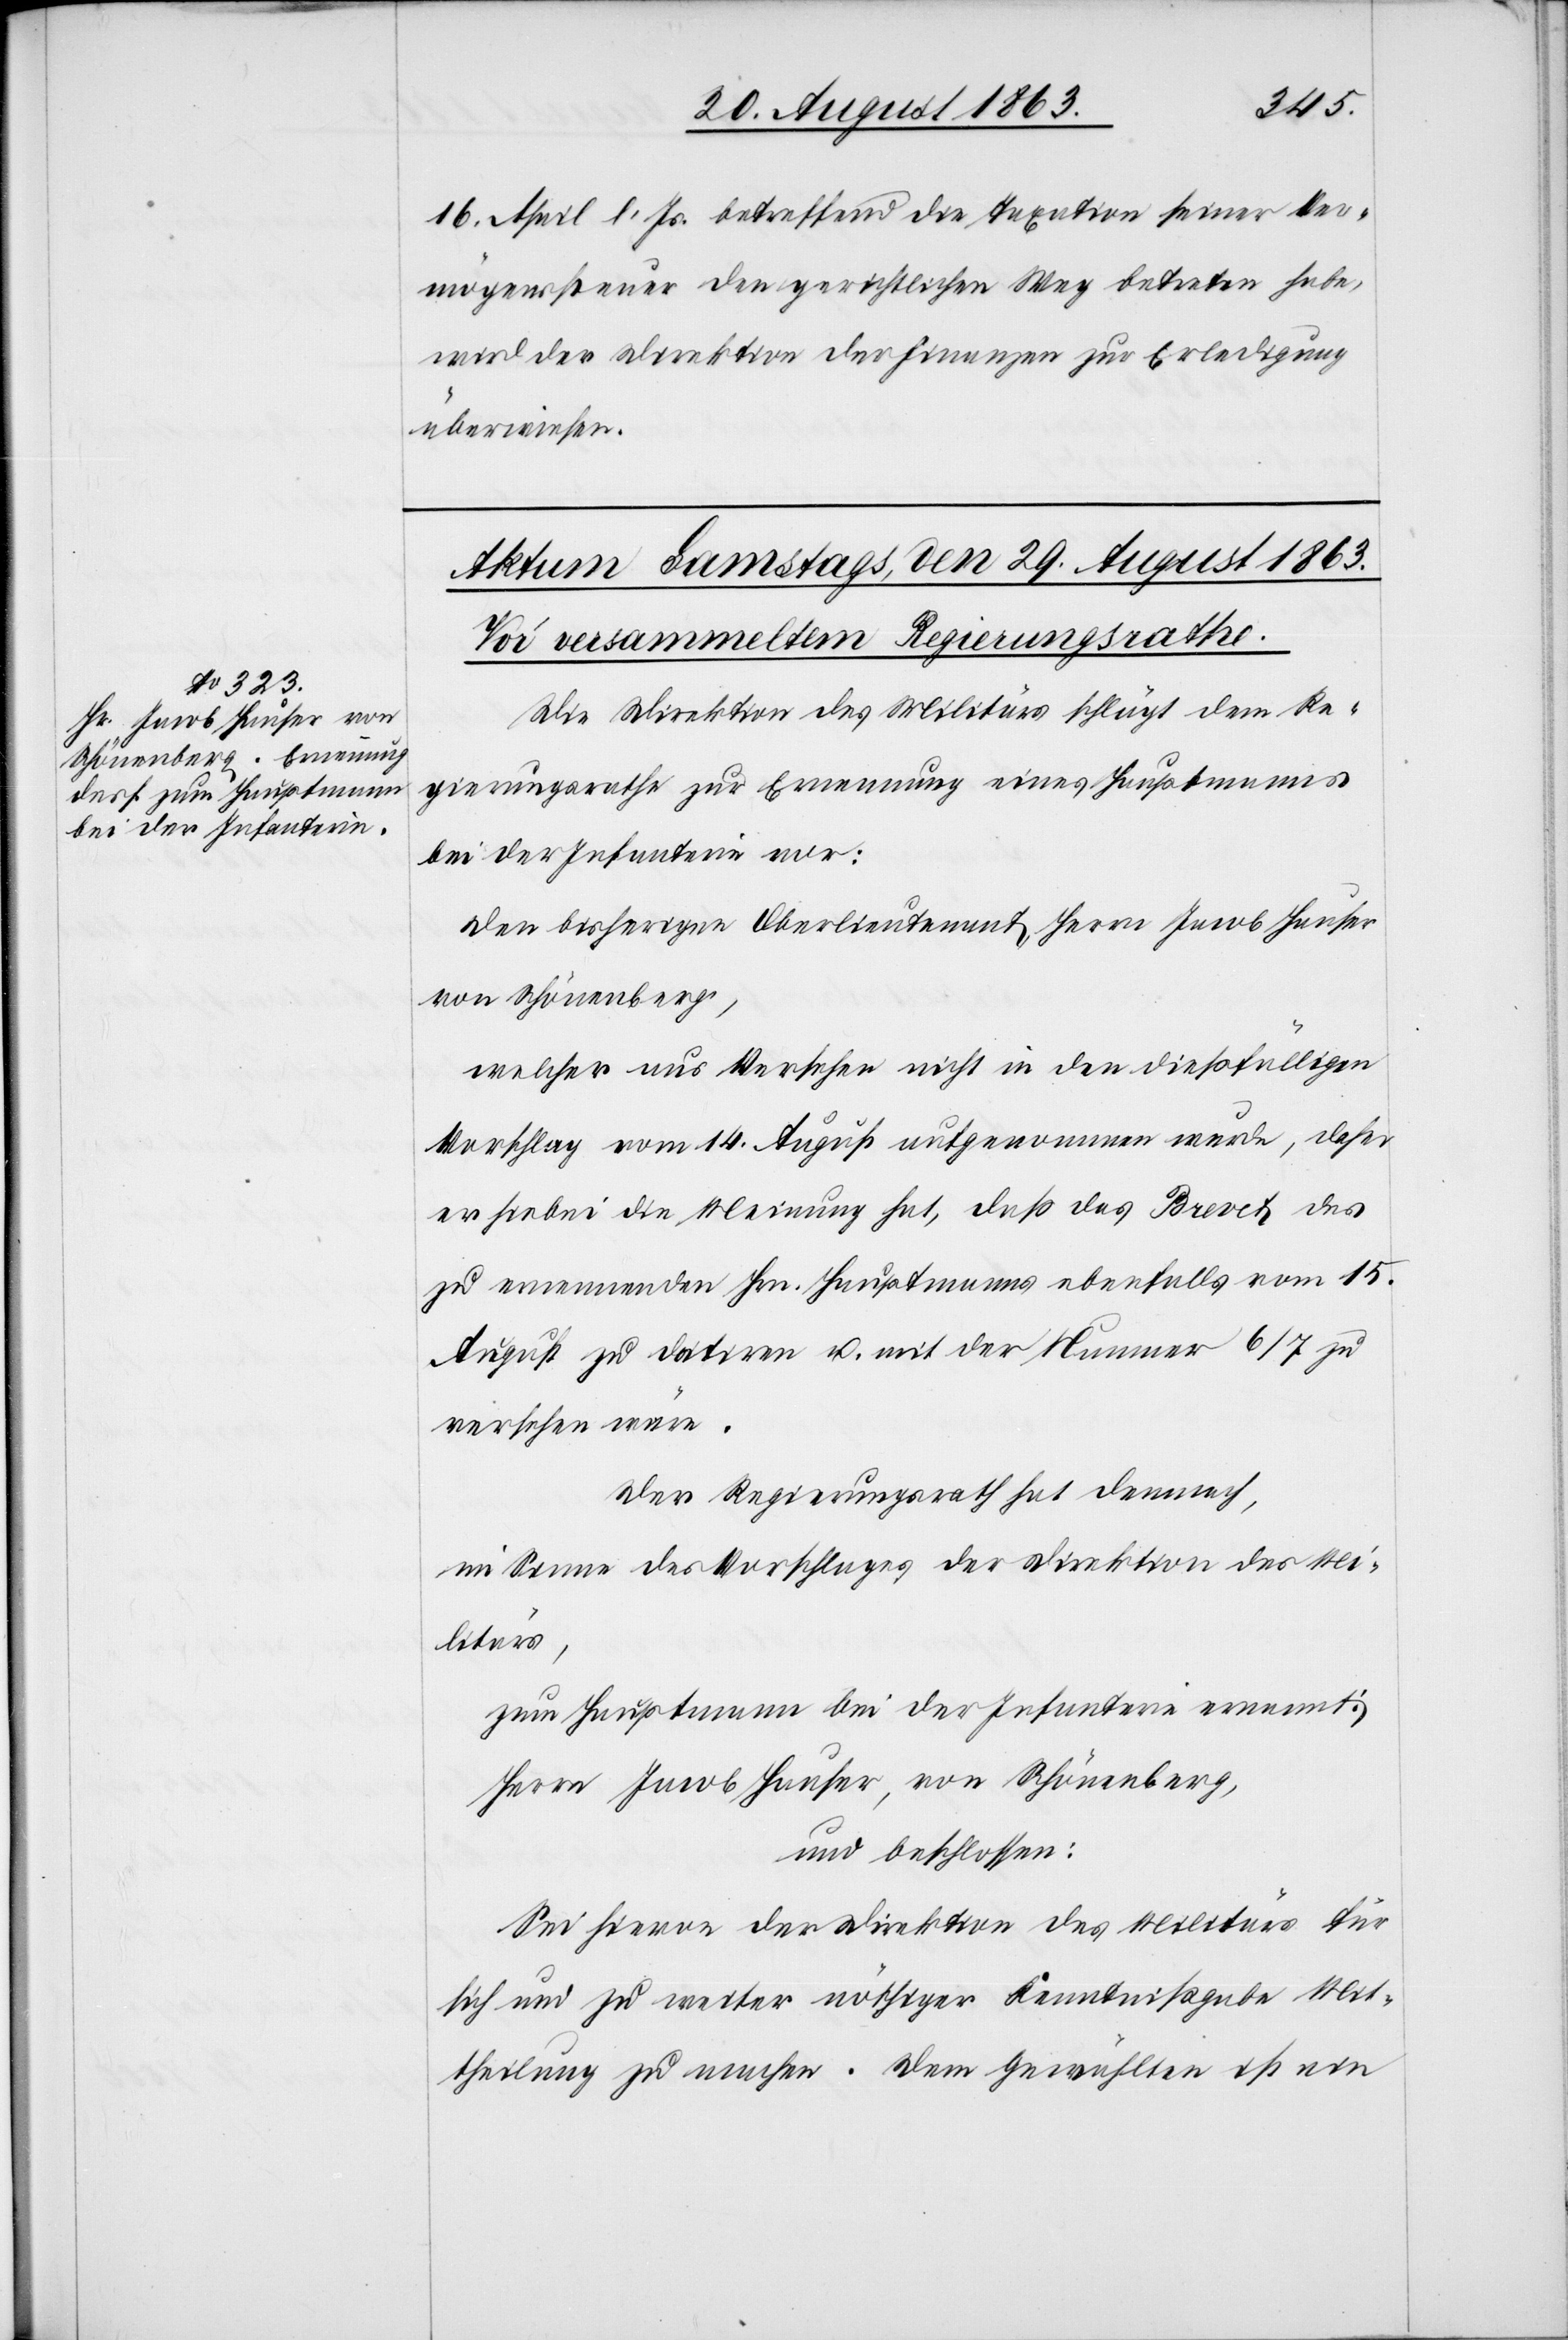
16. April l. Js. betreffend die Taxation seiner Ver¬
mögenssteuer den gerichtlichen Weg betreten habe,
wird der Direktion der Finanzen zur Erledigung
überwiesen.
Die Direktion des Militärs schlägt dem Re¬
gierungsrathe zur Ernennung eines Hauptmanns
bei der Infanterie vor:
Den bisherigen Oberlieutenant Herrn Jacob Hauser
von Schönenberg,
welcher aus Versehen nicht in den dießfälligen
Vorschlag vom 14. August aufgenommen wurde, daher
er hiebei die Meinung hat, daß das Brevet des
zu ernennenden Hrn. Hauptmanns ebenfalls vom 15.
August zu datiren u. mit der Nummer 6/7 zu
versehen wäre.
Der Regierungsrath hat demnach,
im Sinne des Vorschlages der Direktion des Mi¬
litärs,
zum Hauptmann bei der Infanterie ernannt:
Herrn Jacob Hauser, von Schönenberg,
und beschlossen:
Sei hievon der Direktion des Militärs für
sich und zu weiter nöthiger Kenntnißgabe Mit¬
theilung zu machen. Dem Gewählten ist ein